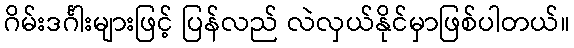
ဂိမ်းဒင်္ဂါးများဖြင့် ပြန်လည် လဲလှယ်နိုင်မှာဖြစ်ပါတယ်။